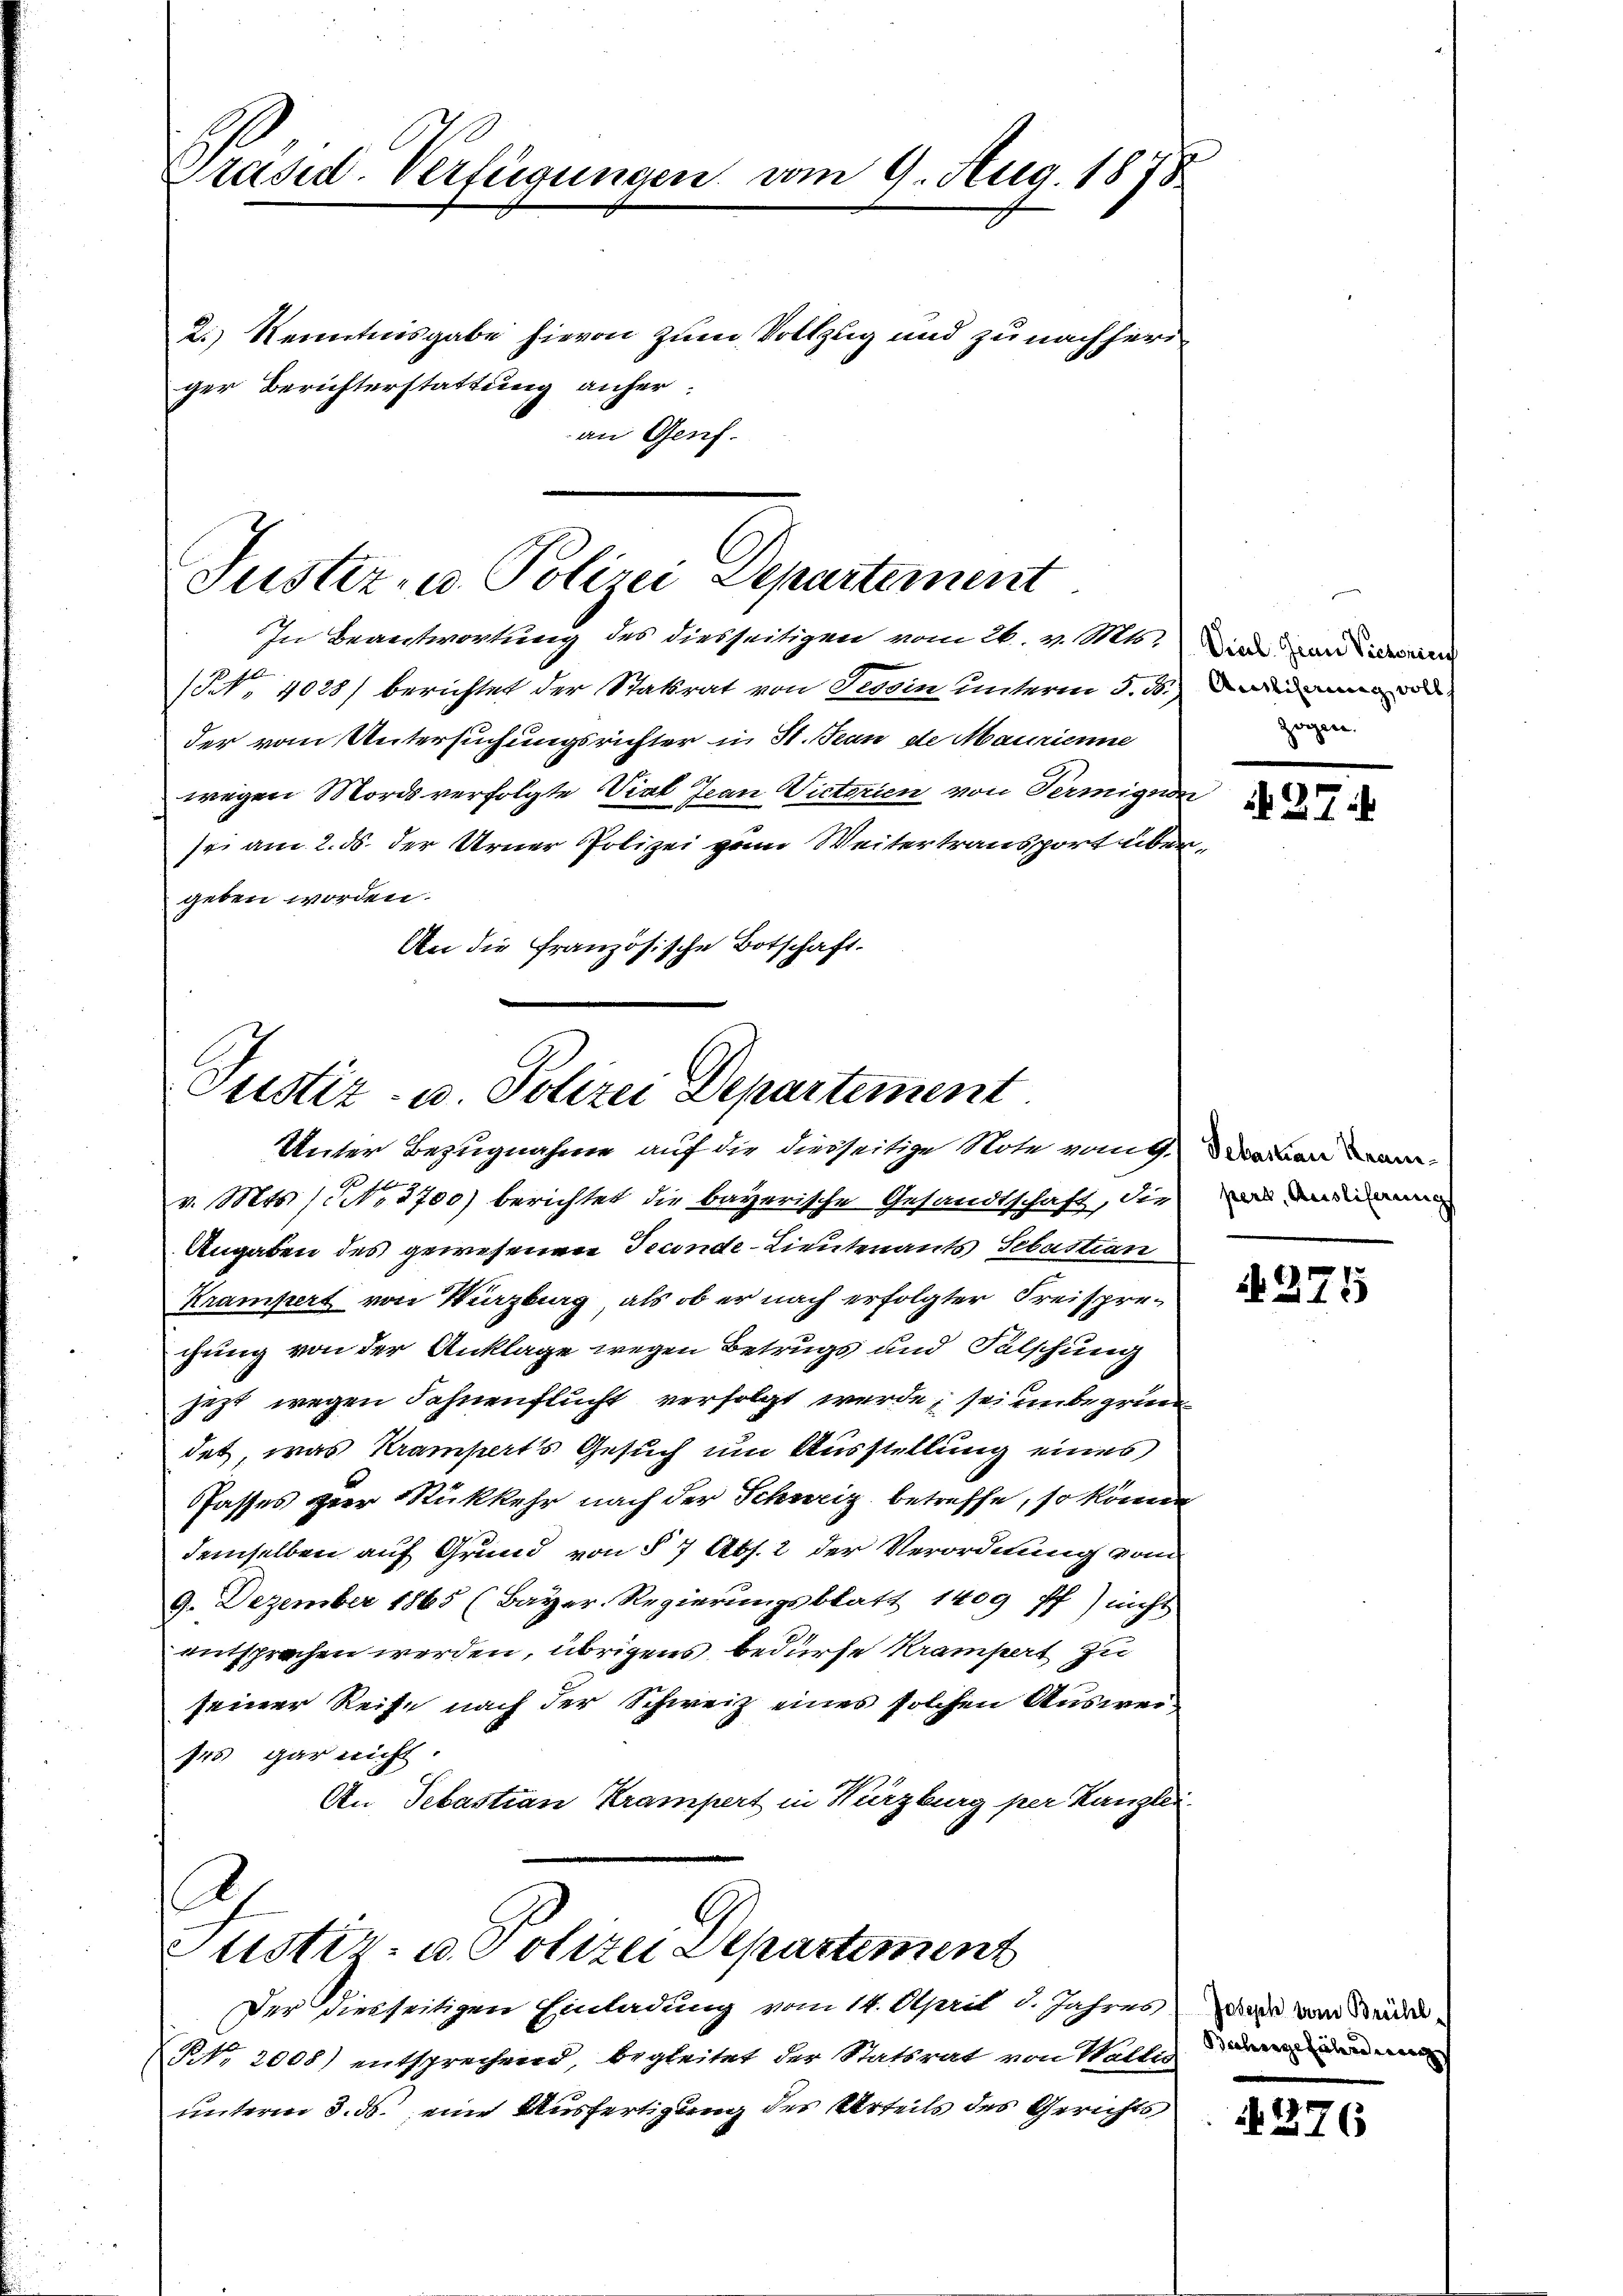
Präsid. Verfügungen vom 9. Aug. 1878
2.) Kenntnisgabe hievon zum Vollzug und zu nachheriger Berichterstattung anher.
an Genf.

Justiz- u. Polizei Departement

In Beantwortung des diesseitigen vom 26. v. Mts. Die von Licen
(NNo. 4028/ berichtet der Statsrat von Tessin unterm 5. d. d
der vom Untersuchungsrichter in St. Jean de Maurienne
wegen Mords verfolgte Viel Ivan Victorien von Termigun
sei am 2. ds. der Urner Polizei zum Weitertransport übergeben worden.
An die Französische Botschaft.

Justiz- u. Polizei Departement
Unter Bezugnahme auf die diesseitige Note vom 9.

C
Justiz- u. Polizei Departement
Der Diesseitigen Einladung vom 14. April d. Jahres, das von Bürde,

t
v. Mts. 11. 5700) berichtet die bayerische Gesandtschaft, die
Angaben des gewesenen Teconde-Lieutenants Sebastian
Krampert von Wirzburg, als ob er nach erfolgter Freisprechung von der Anklage wegen Betrugs und Falschung
jezt wegen Fahnenflucht verfolgt werde; sei unbegrün
det, was Kramperts Gesuch um Ausstellung eines
fasses der Rückkehr nach der Schweiz betreffe, so können
demselben auf Grund von § 7 Abs. 2 der Verordnung vom
9. Dezember 1865 (Bayer-Regierungsblatt 1409 ff.) nicht
entsprechen werden, übrigens bedürfe Krampert zu
seiner Reise nach der Schweiz eines solchen Ausweises gar nicht.
An Sebastian Krampert in Würzburg per Kanzlei.

NNo. 2000) entsprechend, begleitet der Statsrat von Walles der den e
unterm 3. ds. eine Ausfertigung des Urteils des Gerichts

zeigen.

27

Sebastian Kranpert, Ausliferung

N275

4276